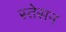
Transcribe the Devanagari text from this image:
स्तेसन